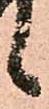
候